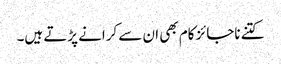
کتنے ناجائز کام بھی ان سے کرانے پڑتے ہیں۔